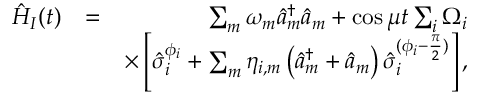
\begin{array} { r l r } { \hat { H } _ { I } ( t ) } & { = } & { \sum _ { m } \omega _ { m } \hat { a } _ { m } ^ { \dag } \hat { a } _ { m } + \cos \mu t \sum _ { i } \Omega _ { i } } \\ & { } & { \times \left[ \hat { \sigma } _ { i } ^ { \phi _ { i } } + \sum _ { m } \eta _ { i , m } \left( \hat { a } _ { m } ^ { \dag } + \hat { a } _ { m } \right) \hat { \sigma } _ { i } ^ { ( \phi _ { i } - \frac { \pi } { 2 } ) } \right] , } \end{array}